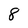
Character: 8